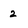
Character: 2